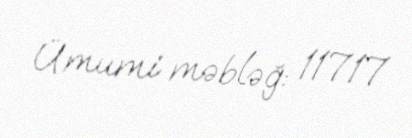
Ümumi məbləğ: 11717